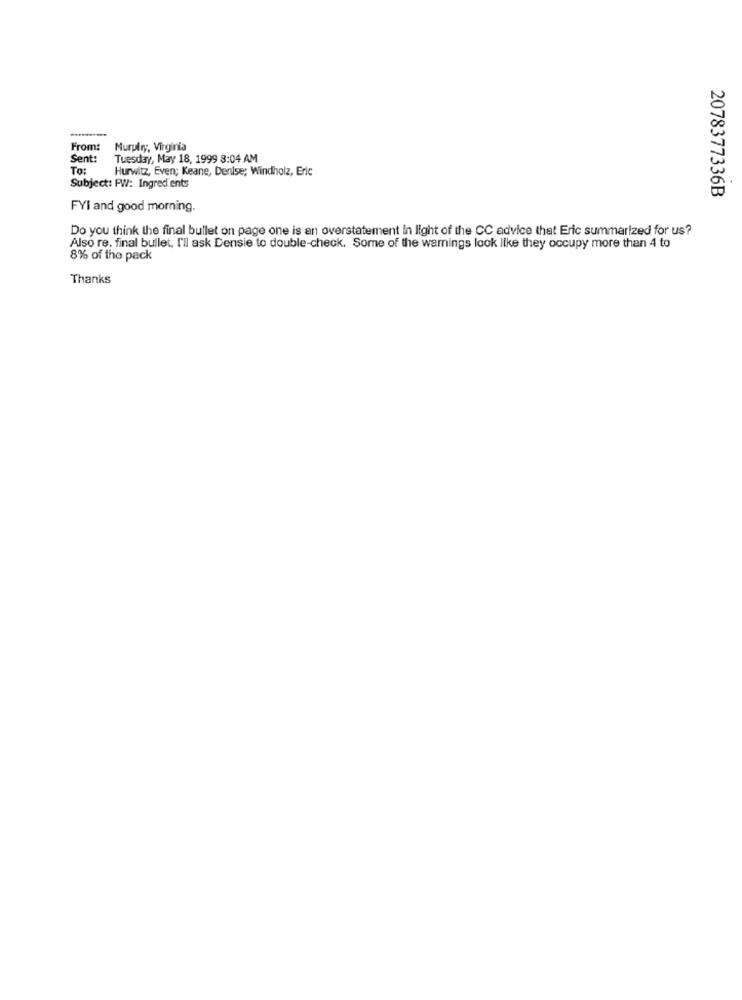
From:
Murpiry, Virginia
Sent:
Tuesday, May 18, 1999 8:04 AM
To:
Hurwitz, Even; Keane, Denise; Windholz, Eric
Subject: FW: Ingredients
2078377336B
FYI and good morning.
Do you think the final bullet on page one is an overstatement In light of the CC advice that Eric summarized for us?
Also re. final bullet, I'll ask Densie to double-check. Some of the warnings look like they occupy more than 4 to
8% of the pack
Thanks